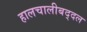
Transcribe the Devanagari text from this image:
हालचालीबद्दल